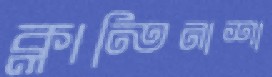
ক্লান্তিনাশা